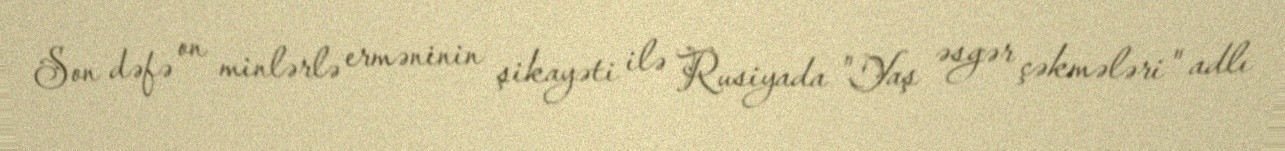
Son dəfə on minlərlə erməninin şikayəti ilə Rusiyada "Yaş əsgər çəkmələri" adlı